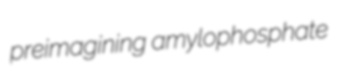
preimagining amylophosphate